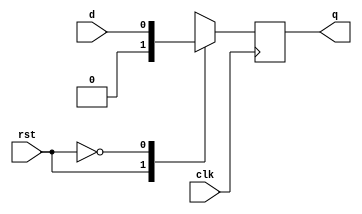
`timescale 1ns/1ps

module dffp(q, d, clk, rst);
  input d, clk, rst;
  output reg q;
  
  always @(negedge clk)
    case (rst)
      1'b1: q = 1'b0; // Reset: q = 0
      1'b0: q = d;    // No Reset: q = d
    endcase
endmodule